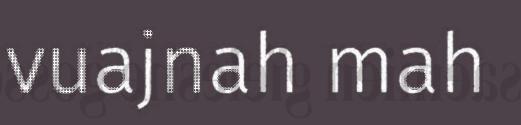
vuajnah mah